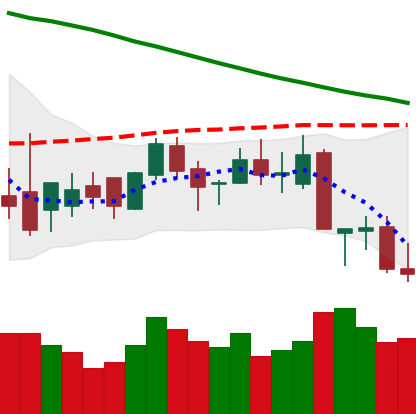
Ticker: XLM-USD
Chart end date: 2018-09-09
Forward return: 4.649%
Label: up_3_5